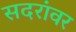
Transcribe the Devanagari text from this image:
सदरांवर